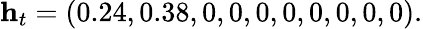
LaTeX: \mathbf{h}_{t}=(0.24,0.38,0,0,0,0,0,0,0,0).